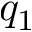
q _ { 1 }